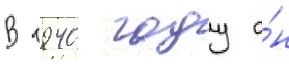
В 1940 году о́н